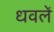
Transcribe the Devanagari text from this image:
धवलें